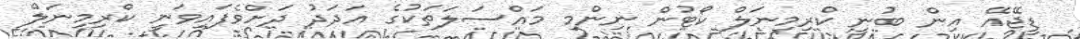
ޑީޖޭއޭ އިން ބުނީ ކްރިމިނަލް ކޯޓުން ނިންމި މައްސަލަތަކުގެ އަދަދު ދަށްވެފައިވަނީ ކްރިމިނަލް